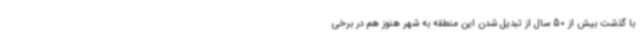
با گذشت بیش از 50 سال از تبدیل شدن این منطقه به شهر هنوز هم در برخی